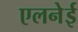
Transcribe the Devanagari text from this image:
एलनेई